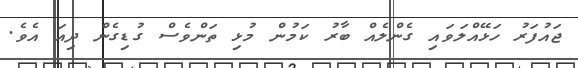
ޖައުފަރު ހަޅޭއްލަވައި ގެންލެއް ބާރު ކަމުން މުޅި ތަންވެސް ގުޑިގެން ދިއަ އެވެ.